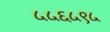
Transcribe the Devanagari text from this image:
५५६५९५